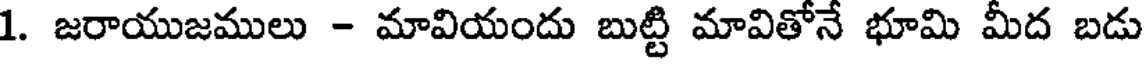
1. జరాయుజములు - మావియందు బుట్టి మావితోనే భూమి మీద బడు